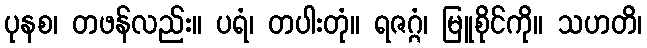
ပုနစ၊ တဖန်လည်း။ ပရံ၊ တပါးတုံ။ ရဇဂ္ဂံ၊ မြူစိုင်ကို။ သဟတိ၊